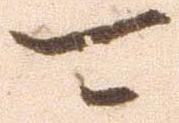
可